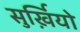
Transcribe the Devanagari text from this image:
सुर्ख़ियो